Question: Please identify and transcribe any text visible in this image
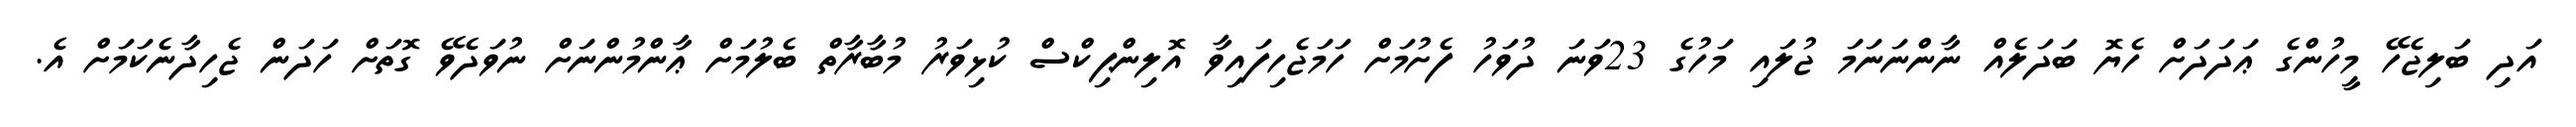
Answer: އަދި ބަލިޖެހޭ މީހުންގެ ޢަދަދަށް ހެޔޮ ބަދަލެއް ނާންނަނަމަ ޖުލައި މަހުގެ 23ވަނަ ދުވަހު ފެށުމަށް ހަމަޖެހިފައިވާ އޮލިންޕިކްސް ކުޅިވަރު މުބާރާތް ބެލުމަށް ޢާންމުންނަށް ނުވަދެވޭ ގޮތަށް ހަދަން ޖެހިދާނެކަމަށް އެ.